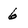
Character: 6